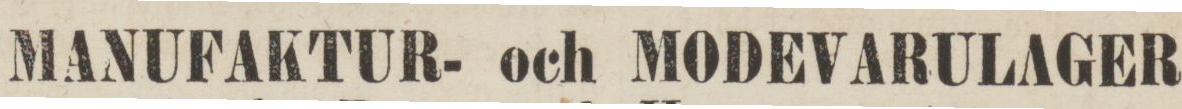
MANUFAKTUR- och MODEVARULAGER